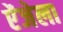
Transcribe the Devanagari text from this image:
ऐंजेला